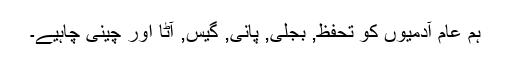
ہم عام آدمیوں کو تحفظ, بجلی, پانی, گیس, آٹا اور چینی چاہیے۔